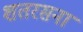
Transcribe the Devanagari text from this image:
शतरसना